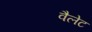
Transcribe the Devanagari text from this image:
वैलेट